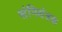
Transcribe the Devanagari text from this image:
संनियंत्रक